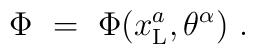
\Phi\ =\ \Phi(x_{\rm L}^a, \theta^\alpha)\ .